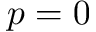
p = 0